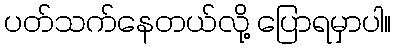
ပတ်သက်နေတယ်လို့ ပြောရမှာပါ။